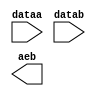
// megafunction wizard: %LPM_COMPARE%VBB%
// GENERATION: STANDARD
// VERSION: WM1.0
// MODULE: LPM_COMPARE 

// ============================================================
// Megafunction Name(s):
// 			LPM_COMPARE
//
// Simulation Library Files(s):
// 			lpm
// ============================================================
// ************************************************************
// THIS IS A WIZARD-GENERATED FILE. DO NOT EDIT THIS FILE!
//
// 18.1.0 Build 625 09/12/2018 SJ Lite Edition
// ************************************************************

//Copyright (C) 2018  Intel Corporation. All rights reserved.
//Your use of Intel Corporation's design tools, logic functions 
//and other software and tools, and its AMPP partner logic 
//functions, and any output files from any of the foregoing 
//(including device programming or simulation files), and any 
//associated documentation or information are expressly subject 
//to the terms and conditions of the Intel Program License 
//Subscription Agreement, the Intel Quartus Prime License Agreement,
//the Intel FPGA IP License Agreement, or other applicable license
//agreement, including, without limitation, that your use is for
//the sole purpose of programming logic devices manufactured by
//Intel and sold by Intel or its authorized distributors.  Please
//refer to the applicable agreement for further details.

module compare_2bit (
	dataa,
	datab,
	aeb);

	input	[1:0]  dataa;
	input	[1:0]  datab;
	output	  aeb;

endmodule

// ============================================================
// CNX file retrieval info
// ============================================================
// Retrieval info: PRIVATE: AeqB NUMERIC "1"
// Retrieval info: PRIVATE: AgeB NUMERIC "0"
// Retrieval info: PRIVATE: AgtB NUMERIC "0"
// Retrieval info: PRIVATE: AleB NUMERIC "0"
// Retrieval info: PRIVATE: AltB NUMERIC "0"
// Retrieval info: PRIVATE: AneB NUMERIC "0"
// Retrieval info: PRIVATE: INTENDED_DEVICE_FAMILY STRING "Cyclone V"
// Retrieval info: PRIVATE: LPM_PIPELINE NUMERIC "0"
// Retrieval info: PRIVATE: Latency NUMERIC "0"
// Retrieval info: PRIVATE: PortBValue NUMERIC "0"
// Retrieval info: PRIVATE: Radix NUMERIC "10"
// Retrieval info: PRIVATE: SYNTH_WRAPPER_GEN_POSTFIX STRING "0"
// Retrieval info: PRIVATE: SignedCompare NUMERIC "0"
// Retrieval info: PRIVATE: aclr NUMERIC "0"
// Retrieval info: PRIVATE: clken NUMERIC "0"
// Retrieval info: PRIVATE: isPortBConstant NUMERIC "0"
// Retrieval info: PRIVATE: nBit NUMERIC "2"
// Retrieval info: PRIVATE: new_diagram STRING "1"
// Retrieval info: LIBRARY: lpm lpm.lpm_components.all
// Retrieval info: CONSTANT: LPM_REPRESENTATION STRING "UNSIGNED"
// Retrieval info: CONSTANT: LPM_TYPE STRING "LPM_COMPARE"
// Retrieval info: CONSTANT: LPM_WIDTH NUMERIC "2"
// Retrieval info: USED_PORT: aeb 0 0 0 0 OUTPUT NODEFVAL "aeb"
// Retrieval info: USED_PORT: dataa 0 0 2 0 INPUT NODEFVAL "dataa[1..0]"
// Retrieval info: USED_PORT: datab 0 0 2 0 INPUT NODEFVAL "datab[1..0]"
// Retrieval info: CONNECT: @dataa 0 0 2 0 dataa 0 0 2 0
// Retrieval info: CONNECT: @datab 0 0 2 0 datab 0 0 2 0
// Retrieval info: CONNECT: aeb 0 0 0 0 @aeb 0 0 0 0
// Retrieval info: GEN_FILE: TYPE_NORMAL compare_2bit.v TRUE
// Retrieval info: GEN_FILE: TYPE_NORMAL compare_2bit.inc FALSE
// Retrieval info: GEN_FILE: TYPE_NORMAL compare_2bit.cmp FALSE
// Retrieval info: GEN_FILE: TYPE_NORMAL compare_2bit.bsf FALSE
// Retrieval info: GEN_FILE: TYPE_NORMAL compare_2bit_inst.v FALSE
// Retrieval info: GEN_FILE: TYPE_NORMAL compare_2bit_bb.v TRUE
// Retrieval info: LIB_FILE: lpm